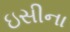
ઇસીના